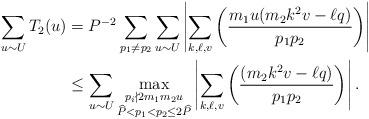
LaTeX: \begin{align*}\sum_{u\sim U}T_2(u)&=P^{-2}\sum_{p_1\neq p_2}\sum_{u\sim U}\left|\sum_{k,\ell,v}\left(\dfrac{m_1u(m_2k^2v-\ell q)}{p_1p_2}\right)\right| \\&\leq \sum_{u\sim U}\max_{\substack{p_i\nmid 2m_1m_2u\\ \widehat{P} < p_1 < p_2\leq 2\widehat{P}}}\left|\sum_{k,\ell,v}\left(\dfrac{(m_2k^2v-\ell q)}{p_1p_2}\right)\right|.\end{align*}